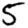
Digit: 5